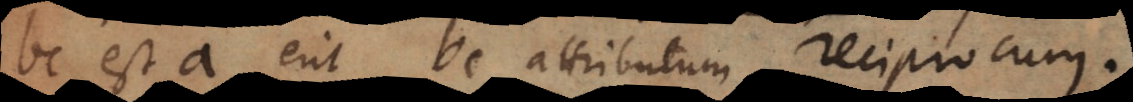
bc est a, erit bc attributum reciprocum.